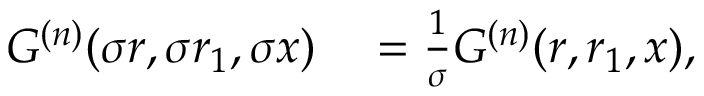
\begin{array} { r l } { G ^ { ( n ) } ( \sigma r , \sigma r _ { 1 } , \sigma x ) } & { { } = \frac { 1 } { \sigma } G ^ { ( n ) } ( r , r _ { 1 } , x ) , } \end{array}